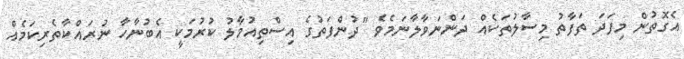
އެގޮތުން މިފަދަ ތަފާތު މިސާލުތަކެއް ދަންނަވާލާނަމެވެ "ދުންފަތުގެ އިސްތިއުމާލު ކުރުމަކީ އެބުނާހާ ނުރައްކާތެރިކަމެއް